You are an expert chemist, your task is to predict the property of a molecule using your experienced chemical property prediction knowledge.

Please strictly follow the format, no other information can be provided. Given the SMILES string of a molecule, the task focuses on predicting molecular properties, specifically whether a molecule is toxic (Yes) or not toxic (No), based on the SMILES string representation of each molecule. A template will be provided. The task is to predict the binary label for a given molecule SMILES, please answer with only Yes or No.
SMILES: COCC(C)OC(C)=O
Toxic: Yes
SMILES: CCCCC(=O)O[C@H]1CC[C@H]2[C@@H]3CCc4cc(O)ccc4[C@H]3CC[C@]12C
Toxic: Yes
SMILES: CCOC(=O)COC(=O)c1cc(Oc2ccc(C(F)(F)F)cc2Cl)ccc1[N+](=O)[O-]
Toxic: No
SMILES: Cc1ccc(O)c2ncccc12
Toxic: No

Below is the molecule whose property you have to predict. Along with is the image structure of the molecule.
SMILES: Clc1ccccc1CN1CCc2sccc2C1
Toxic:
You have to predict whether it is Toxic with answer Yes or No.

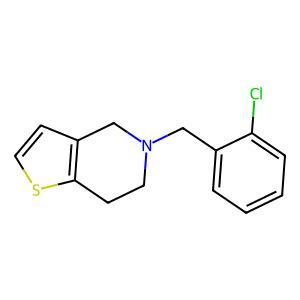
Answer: No